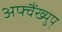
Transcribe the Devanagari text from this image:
अफ्वैंख्युप्